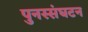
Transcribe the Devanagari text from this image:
पुनस्संघटन